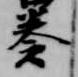
奏